Report on vaccination in the Province of Bengal - 1874-1889
Year: 1874
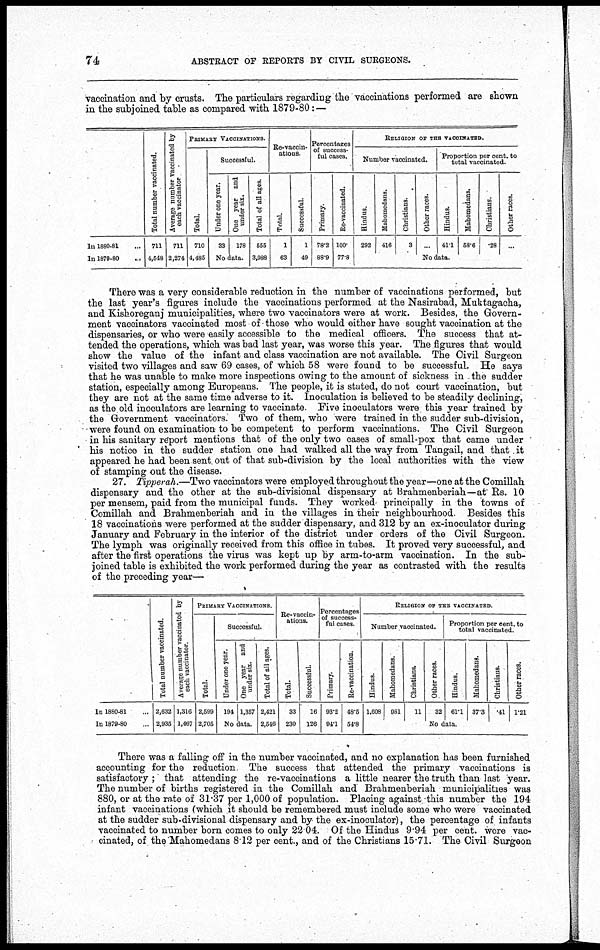
74
ABSTRACT OF REPORTS BY CIVIL SURGEONS.
vaccination and by crusts. The particulars regarding the vaccinations performed are shown
in the subjoined table as compared with 1879-80:—
In 1880-81...
In 1870-80...
Total number vaccinated.
711
4,548
Average number vaccinated by
each vaccinator
711
2,274
PRIMARY VACCINATIONS.
Total.
710
4,485
Successful.
Under one year.
33
One year and
under six.
178
No data.
Total of all ages.
555
3,988
Re-vaccin-
ations.
Total.
1
63
Successful.
1
49
Percentages
of success-
ful cases.
Primary.
78.2
88.9
Re-vaccinated.
100.
77.8
RELIGION OF THE VACCINATED.
Number vaccinated.
Hindus.
292
Mahomedans.
416
Christians.
3
Other races.
...
Proportion per cent. to
total vaccinated.
Hindus.
41.1
Mahomedans.
58.6
Christians.
.28
Other races.
...
No data.
There was a very considerable reduction in the number of vaccinations performed, but
the last year's figures include the vaccinations performed at the Nasirabad, Muktagacha,
and Kishoreganj municipalities, where two vaccinators were at work. Besides, the Govern-
ment vaccinators vaccinated most of those who would either have sought vaccination at the
dispensaries, or who were easily accessible to the medical officers. The success that at-
tended the operations, which was bad last year, was worse this year. The figures that would
show the value of the infant and class vaccination are not available. The Civil Surgeon
visited two villages and saw 69 cases, of which 58 were found to be successful. He says
that he was unable to make more inspections owing to the amount of sickness in the sudder
station, especially among Europeans. The people, it is stated, do not court vaccination, but
they are not at the same time adverse to it. Inoculation is believed to be steadily declining,
as the old inoculators are learning to vaccinate. Five inoculators were this year trained by
the Government vaccinators. Two of them, who were trained in the sudder sub-division,
were found on examination to be competent to perform vaccinations. The Civil Surgeon
in his sanitary report mentions that of the only two cases of small-pox that came under
his notice in the sudder station one had walked all the way from Tangail, and that it
appeared he had been sent out of that sub-division by the local authorities with the view
of stamping out the disease.
27. Tipperah.—Two vaccinators were employed throughout the year—one at the Comillah
dispensary and the other at the sub-divisional dispensary at Brahmenberiah—at Rs. 10
per mensem, paid from the municipal funds. They worked principally in the towns of
Comillah and Brahmenberiah and in the villages in their neighbourhood Besides this
18 vaccinations were performed at the sudder dispensary, and 312 by an ex-inoculator during
January and February in the interior of the district under orders of the Civil Surgeon.
The lymph was originally received from this office in tubes. It proved very successful, and
after the first operations the virus was kept up by arm-to-arm vaccination. In the sub-
joined table is exhibited the work performed during the year as contrasted with the results
of the preceding year—
In 1880-81...
In 1879-80...
Total number vaccinated.
2,632
2,935
Average number vaccinated by
each vaccinator.
1,316
1,467
PRIMARY VACCINATIONS.
Total.
2,599
2,705
Successful.
Under one year.
194
One year and
under six.
1,357
No data.
Total of all ages.
2,421
2,546
Re-vaccin-
ations.
Total.
33
230
Successful.
16
126
Percentages
of success-
ful cases.
Primary.
93.2
94.1
Re-vaccination.
48.5
54.8
RELIGION OF THE VACCINATED.
Number vaccinated.
Hindus.
1,608
Mahomedans.
981
Christians.
11
Other races.
32
Proportion per cent. to
total vaccinated.
Hindus.
61.1
Mahomedans.
37.3
Christians.
.41
Other races.
1.21
No data.
There was a falling off in the number vaccinated, and no explanation has been furnished
accounting for the reduction. The success that attended the primary vaccinations is
satisfactory ; that attending the re-vaccinations a little nearer the truth than last year.
The number of births registered in the Comillah and Brahmenberiah municipalities was
880, or at the rate of 31.37 per 1,000 of population. Placing against this number the 194
infant vaccinations (which it should be remembered must include some who were vaccinated
at the sudder sub-divisional dispensary and by the ex-inoculator), the percentage of infants
vaccinated to number born comes to only 22.04. Of the Hindus 9.94 per cent. wore vac-
cinated, of the Mahomedans 8.12 per cent., and of the Christians 15.71. The Civil Surgeon